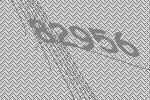
82956